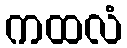
ကထလံ